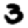
Digit: 3